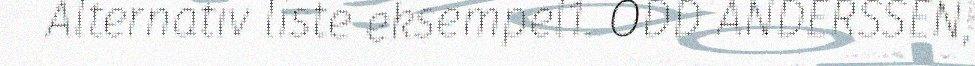
Alternativ liste eksempel1. ODD ANDERSSEN,